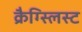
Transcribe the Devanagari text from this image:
क्रैग्स्लिस्ट